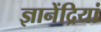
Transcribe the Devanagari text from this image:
ज्ञानेंद्रियां